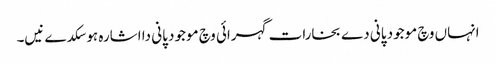
انہاں وچ موجود پانی دے بخارات گہرائی وچ موجود پانی دا اشارہ ہو سکدے نیں۔